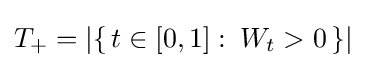
T_{+}=\left|\{\,t\in [0,1]\,\colon \,W_{t}>0\,\}\right|